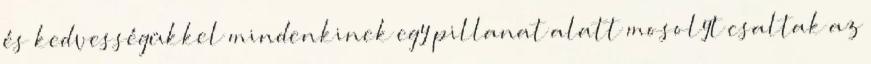
és kedvességükkel mindenkinek egy pillanat alatt mosolyt csaltak az